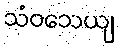
သံဝသေယျ